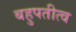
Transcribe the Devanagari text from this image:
बहुपतीत्व